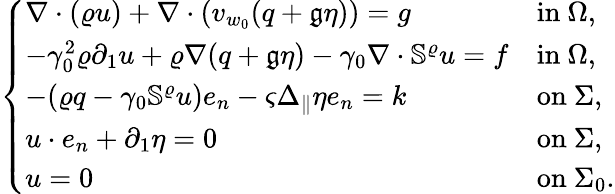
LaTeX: \left\{ \begin{array}{ll}{\nabla\cdot(\varrho u)+\nabla\cdot(v_{w_{0}}(q+\mathfrak{g}\eta))=g}&{\mathrm{in~}\Omega,}\\ {-\gamma_{0}^{2}\varrho\partial_{1}u+\varrho\nabla(q+\mathfrak{g}\eta)-\gamma_{0}\nabla\cdot\mathbb{S}^{\varrho}u=f}&{\mathrm{in~}\Omega,}\\ {-(\varrho q-\gamma_{0}\mathbb{S}^{\varrho}u)e_{n}-\varsigma\Delta_{\| }\eta e_{n}=k}&{\mathrm{on~}\Sigma,}\\ {u\cdot e_{n}+\partial_{1}\eta=0}&{\mathrm{on~}\Sigma,}\\ {u=0}&{\mathrm{on~}\Sigma_{0}.}\end{array}\right.